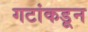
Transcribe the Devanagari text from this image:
गटांकडून